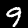
Label: 9